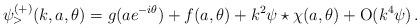
LaTeX: \begin{align*}\psi_>^{(+)}(k,a,\theta)=g(a e^{-i \theta}) + f(a,\theta) +k^2 \psi\star \chi(a,\theta) + \mbox{O} (k^4 \psi)\,.\end{align*}